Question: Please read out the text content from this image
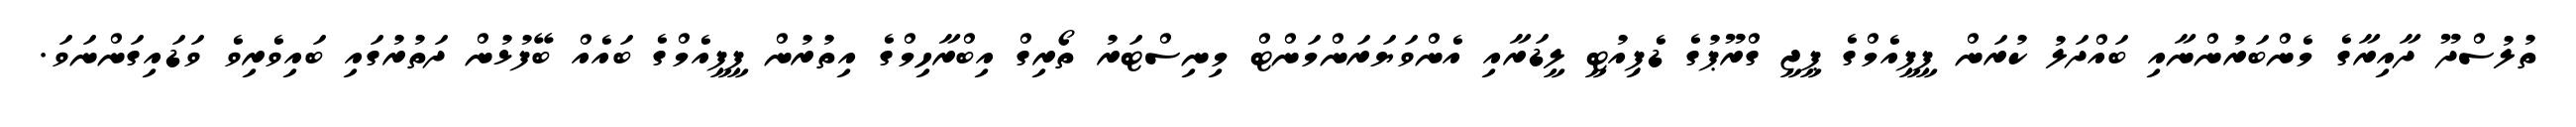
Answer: ތުލުސްދޫ ދާއިރާގެ މެންބަރުންނާއި ބައްދަލު ކުރަން ޕީޕީއެމްގެ ޕީޖީ ގްރޫޕުގެ ޑެޕިއުޓީ ލީޑަރާއި އެންވަޔަރަންމަންޓް މިނިސްޓަރު ތޯރިގް އިބްރާހިމްގެ އިތުރުން ޕީޕީއެމްގެ ބައެއް ބޭފުޅުން ދަތުރުގައި ބައިވެރިވެ ވަޑައިގަންނަވަ.